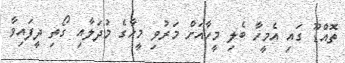
ތޮއްޑޫ ގައި އެމީހާ ބެލި މީހާއަށް މަރުވި މީހާގެ މުދަލާއި ގޯތި ދީފައިވާ